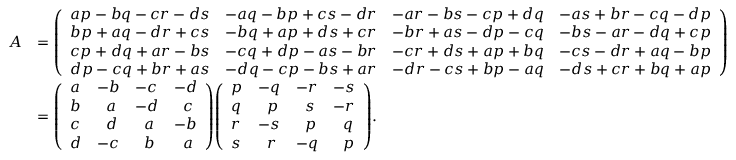
{ \begin{array} { r l } { A } & { = { \left( \begin{array} { l l l l } { a p - b q - c r - d s } & { - a q - b p + c s - d r } & { - a r - b s - c p + d q } & { - a s + b r - c q - d p } \\ { b p + a q - d r + c s } & { - b q + a p + d s + c r } & { - b r + a s - d p - c q } & { - b s - a r - d q + c p } \\ { c p + d q + a r - b s } & { - c q + d p - a s - b r } & { - c r + d s + a p + b q } & { - c s - d r + a q - b p } \\ { d p - c q + b r + a s } & { - d q - c p - b s + a r } & { - d r - c s + b p - a q } & { - d s + c r + b q + a p } \end{array} \right) } } \\ & { = { \left( \begin{array} { l l l l } { a } & { - b } & { - c } & { - d } \\ { b } & { \; \, \, a } & { - d } & { \; \, \, c } \\ { c } & { \; \, \, d } & { \; \, \, a } & { - b } \\ { d } & { - c } & { \; \, \, b } & { \; \, \, a } \end{array} \right) } { \left( \begin{array} { l l l l } { p } & { - q } & { - r } & { - s } \\ { q } & { \; \, \, p } & { \; \, \, s } & { - r } \\ { r } & { - s } & { \; \, \, p } & { \; \, \, q } \\ { s } & { \; \, \, r } & { - q } & { \; \, \, p } \end{array} \right) } . } \end{array} }